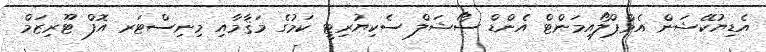
އެޑިޔުކޭޝަން އެމްޕްލޯއިމަންޓް އެންޑް ސޯޝަލް ސެކިޔުރިޓީ ކަމުގެ މަޤާމާއި މިނިސްޓަރ އޮފް ޓޫރިޒަމް